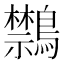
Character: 𪇎